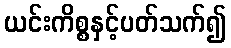
ယင်းကိစ္စနှင့်ပတ်သက်၍